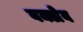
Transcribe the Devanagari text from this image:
वक्लेव